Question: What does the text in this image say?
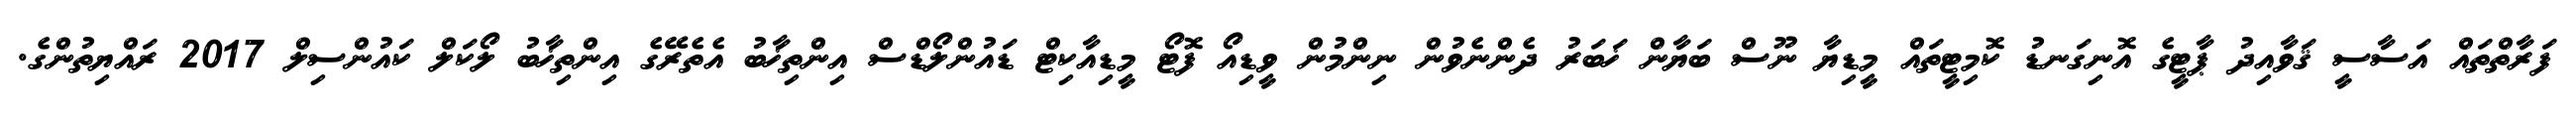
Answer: ފަރާތްތައް އަސާސީ ޤަވާއިދު ޕާޓީގެ އޮނިގަނޑު ކޮމިޓީތައް މީޑިޔާ ނޫސް ބަޔާން ޚަބަރު ދެންނެވުން ނިންމުން ވީޑިއޯ ފޮޓޯ މީޑިއާކިޓް ޑައުންލޯޑްސް އިންތިޚާބު އެތެރޭގެ އިންތިޚާބު ލޯކަލް ކައުންސިލް 2017 ރައްޔިތުންގެ.